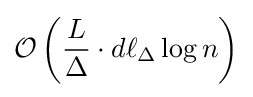
{\mathcal {O}}\left({\frac {L}{\Delta }}\cdot d\ell _{\Delta }\log n\right)